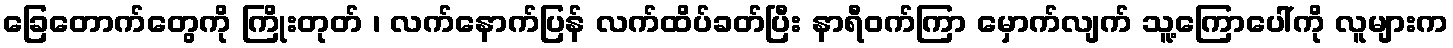
ခြေတောက်တွေကို ကြိုးတုတ် ၊ လက်နောက်ပြန် လက်ထိပ်ခတ်ပြီး နာရီဝက်ကြာ မှောက်လျက် သူ့ကြောပေါ်ကို လူများက